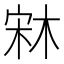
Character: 𣒐